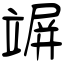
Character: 竮